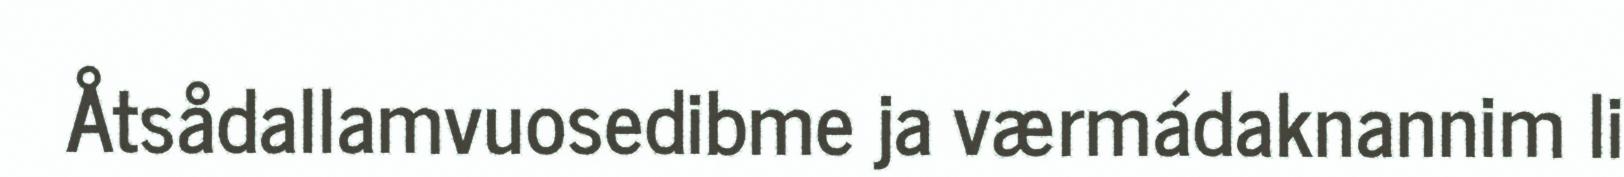
Åtsådallamvuosedibme ja værmádaknannim li